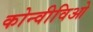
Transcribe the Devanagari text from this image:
कोन्वीविओ